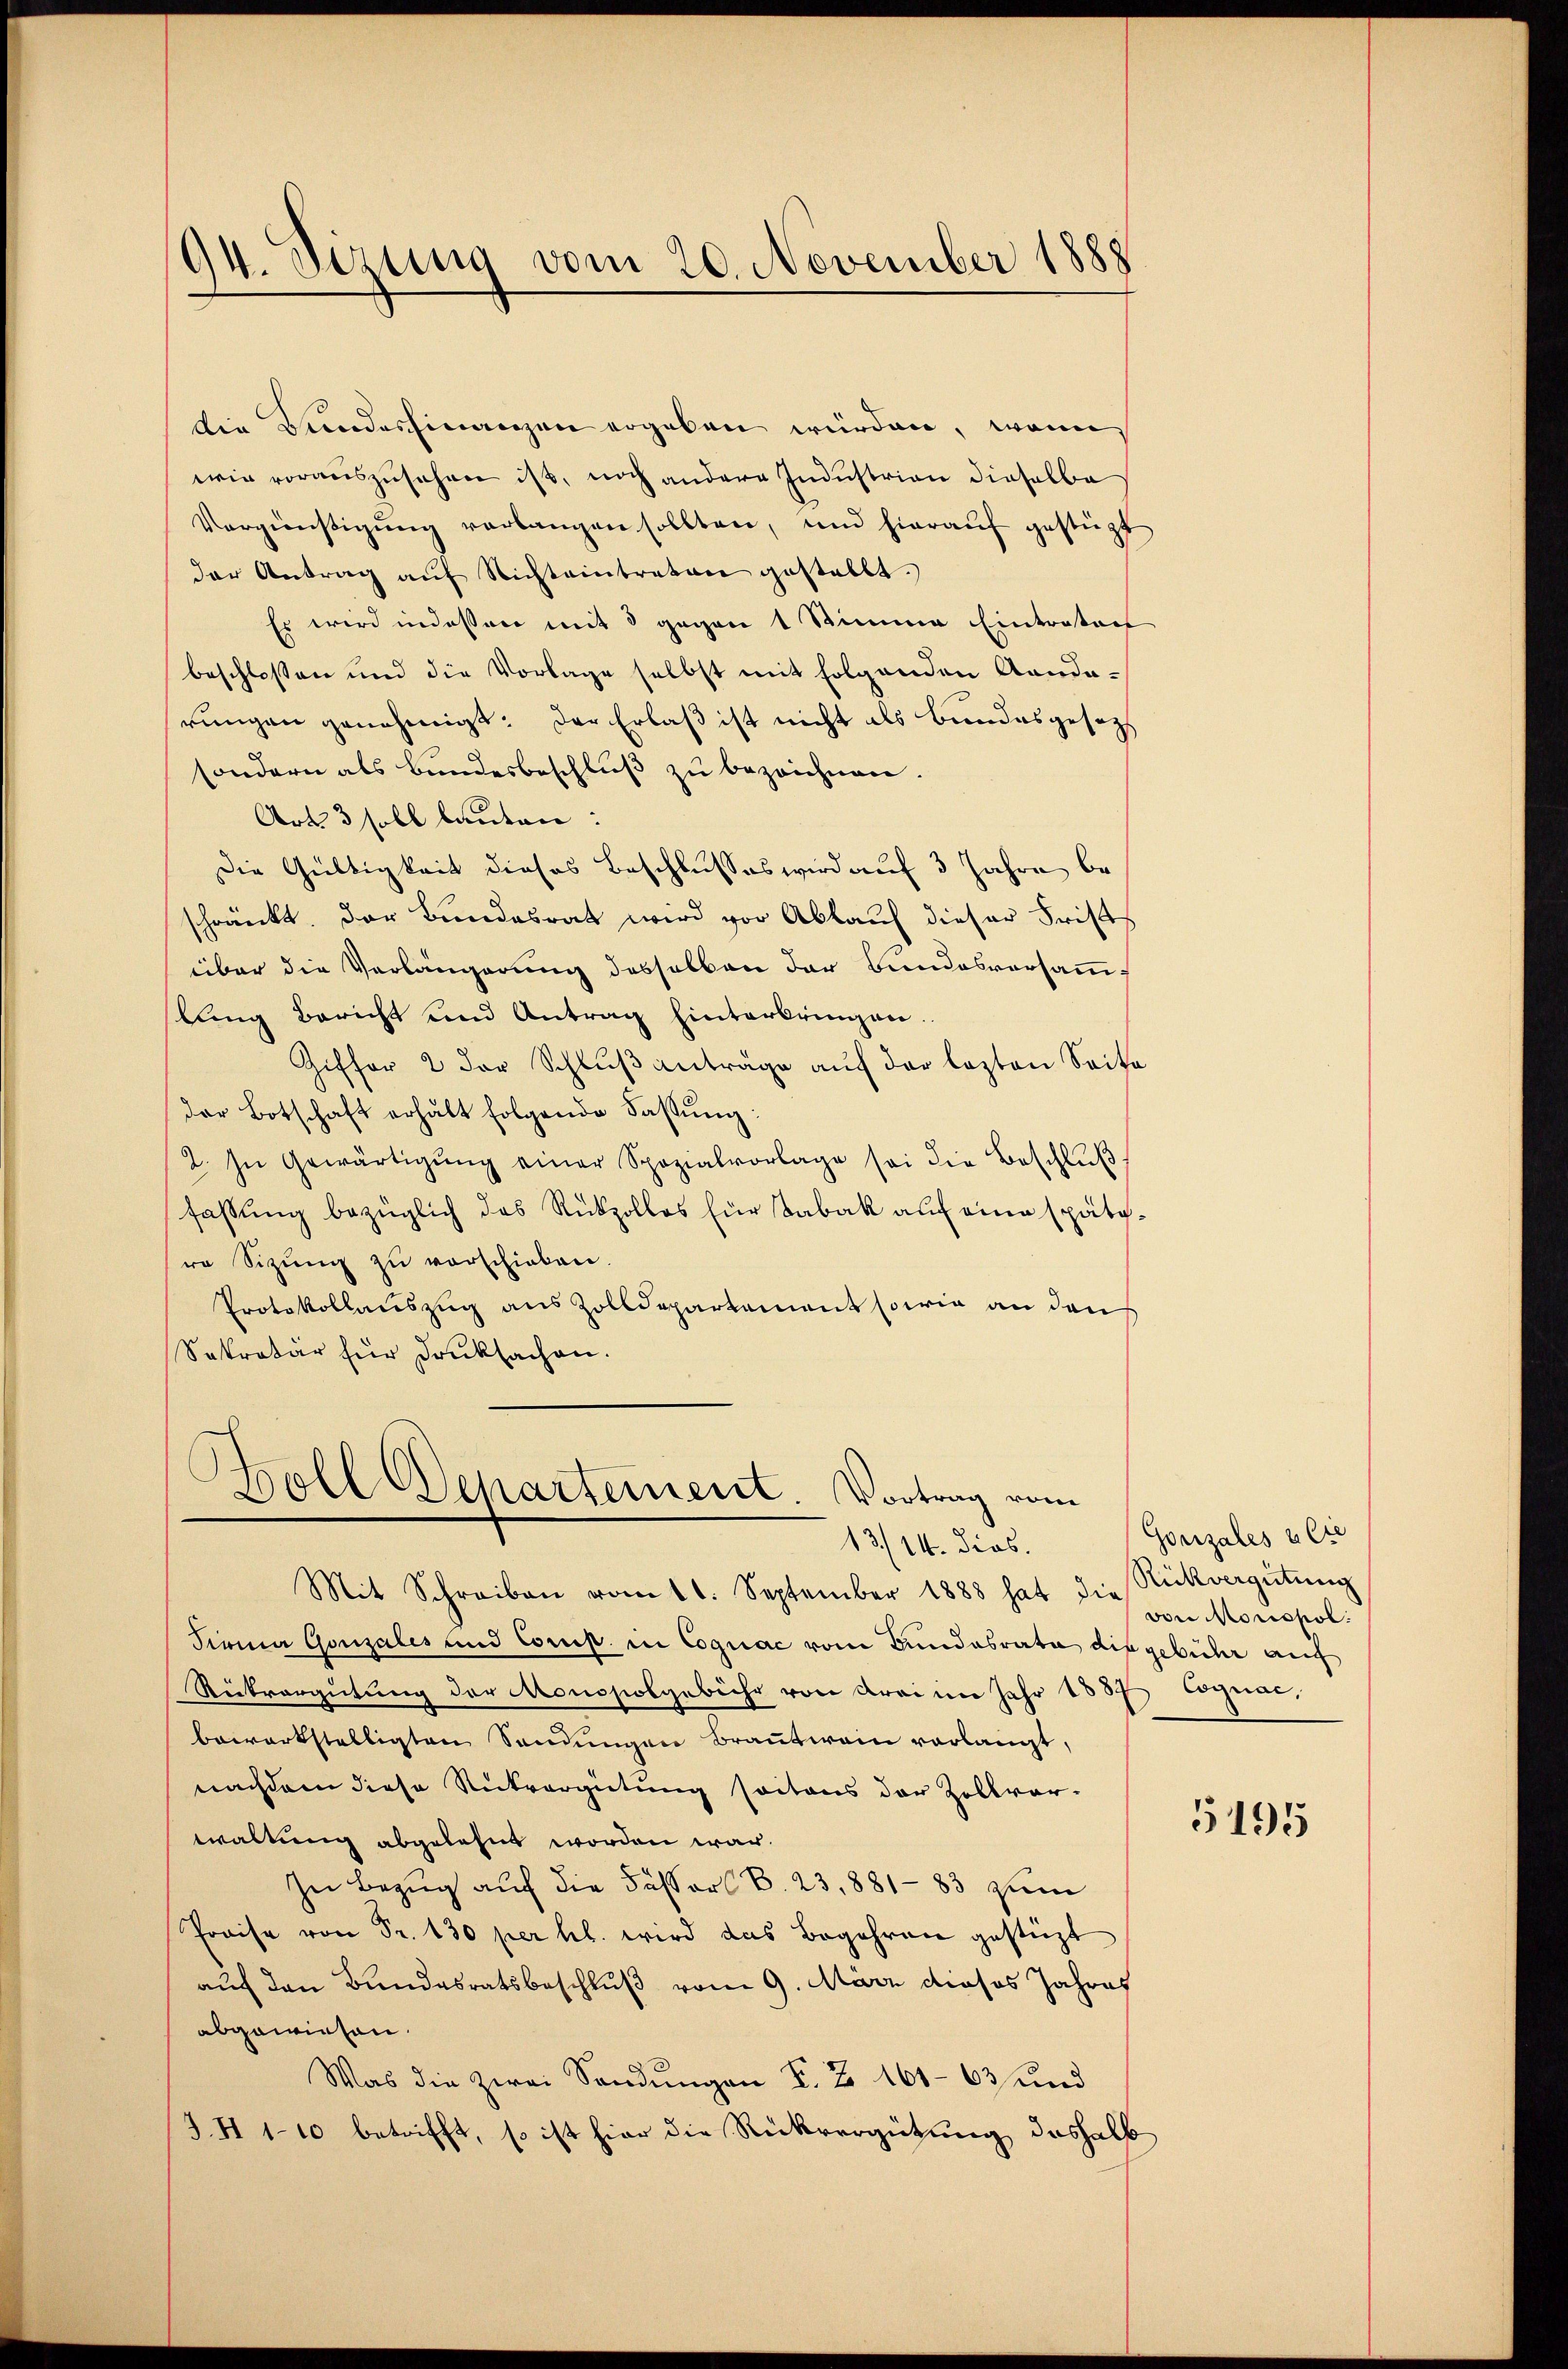
94. dirung vom 20. November 1888

die Kundesfinanzen ergeben würden, wenn
wie vorauszusehen ist, noch andere Industrian dieselbe
Vergünstigŭng verlangen sollten, und hierauf gestüzt
der Antrag auf Nichteintreten gestellt.
Es wird indessen mit 8 gegen 1 Stimme Eintrators
beschlossen und die Vorlage selbst mit folgenden Randarungen genehmigt. Der Erlaß ist nicht als Bundesgesezt
sondern als Bundesbeschluß zu bezeichnen.
Art 3 soll lauten:
Die Gültigkeit dieses Beschlusses wird auf 3 Jahre beschränkt. Der Bundesrat wird vor Ablauf dieser Frist
über die Verlängerung desselben der Bundesversammlung Bericht und Antrag hinterbringen.
Giffer 2 der Schlŭβ anträge aŭf der lezten Seite
Der Botschaft erhält folgende Fassŭng:
2. In Gewärtigŭng einer Spezialvorlage sei die Beschlŭβ
fassung bezüglich das Rückzollos für Tabak auf eine spätere Sitzŭng zu verschieben.
Protokollauszug aus Zolldepartement sowie an den
Sekretär für Drucksachen.

Boll Departement. Vortrag vom
13/14. dies.

Mit Schreiben vom 11. September 1888 hat die Rückvergütŭng
Firma Gonzales und Comp. in Cognac vom Bundesrate die gebühr auf
Rückvergütung der Monopolgebühr von drei im Jahr 1837 Cognar,
bewerkstelligten Sandŭngen Braṅtwein verlangt,
nachdem diese Rückvergütung seitaus der Zollver-
waltung abgelehnt worden war.
In Bezug auf die Fässer B. 23,881-83 zum
Preise von Fr. 130 per hl. wird das Begehren gestüzt
auf den Bundesratsbeschluß vom 9. März dieses Jahres
abgewiesen.
Was die zwei Sendungen V. B. 161-63 und
J.H 1-10 betrifft, so ist hier die Rückvergütung deshalb

Gonzales alte
von Morispol:

5195